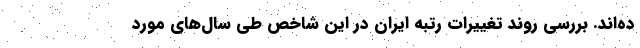
ده‌اند. بررسی روند تغییرات رتبه ایران در این شاخص طی سال‌های مورد